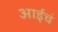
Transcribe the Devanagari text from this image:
आईचं